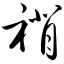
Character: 褙